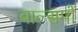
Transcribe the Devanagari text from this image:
बाल्समों